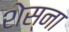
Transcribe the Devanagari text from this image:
शेस्ना